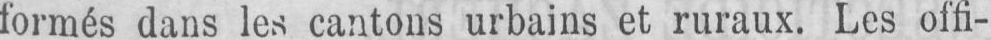
formés dans les cantons urbains et ruraux. Les offi-